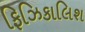
ફિઝિકાલિશ